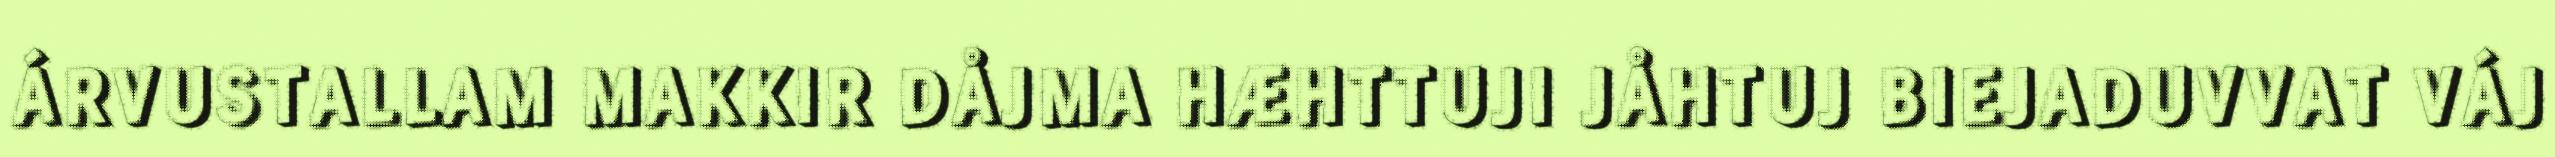
ÁRVUSTALLAM MAKKIR DÅJMA HÆHTTUJI JÅHTUJ BIEJADUVVAT VÁJ